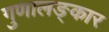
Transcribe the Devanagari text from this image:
गुणालङ्कार